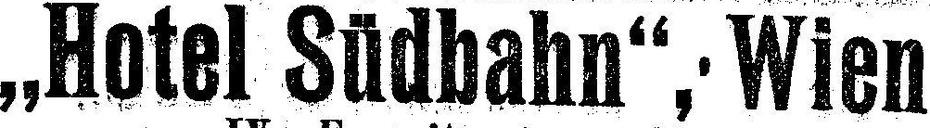
„Hotel Südbahn", Wien